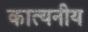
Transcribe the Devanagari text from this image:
कात्यनीय